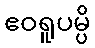
ဧဝရူပမ္ပိ